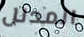
المدلل